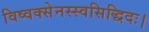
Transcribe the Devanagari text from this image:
विष्वक्सेनस्स्वसिद्धिदः।